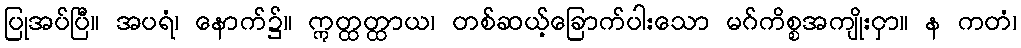
ပြုအပ်ပြီ။ အပရံ၊ နောက်၌။ ဣတ္ထတ္ထာယ၊ တစ်ဆယ့်ခြောက်ပါးသော မဂ်ကိစ္စအကျိုးငှာ။ န ကတံ၊